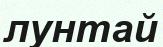
лунтай